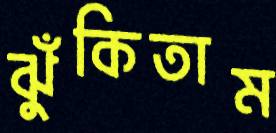
ঝুঁকিতাম